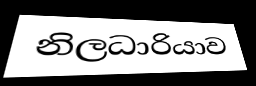
නිලධාරියාව